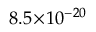
8 . 5 \! \times \! 1 0 ^ { - 2 0 }